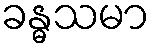
ခန္ဓသမာ